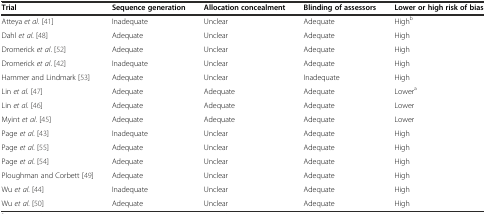
<table><thead><tr><td><b>Trial</b></td><td><b>Sequence generation</b></td><td><b>Allocation concealment</b></td><td><b>Blinding of assessors</b></td><td><b>Lower or high risk of bias</b></td></tr></thead><tbody><tr><td>Atteya <i>et al</i>. [41]</td><td>Inadequate</td><td>Unclear</td><td>Adequate</td><td>High<sup>b</sup></td></tr><tr><td>Dahl <i>et al</i>. [48]</td><td>Adequate</td><td>Unclear</td><td>Adequate</td><td>High</td></tr><tr><td>Dromerick <i>et al</i>. [52]</td><td>Adequate</td><td>Unclear</td><td>Adequate</td><td>High</td></tr><tr><td>Dromerick <i>et al</i>. [42]</td><td>Inadequate</td><td>Unclear</td><td>Adequate</td><td>High</td></tr><tr><td>Hammer and Lindmark [53]</td><td>Adequate</td><td>Unclear</td><td>Inadequate</td><td>High</td></tr><tr><td>Lin <i>et al</i>. [47]</td><td>Adequate</td><td>Adequate</td><td>Adequate</td><td>Lower<sup>a</sup></td></tr><tr><td>Lin <i>et al</i>. [46]</td><td>Adequate</td><td>Adequate</td><td>Adequate</td><td>Lower</td></tr><tr><td>Myint <i>et al</i>. [45]</td><td>Adequate</td><td>Adequate</td><td>Adequate</td><td>Lower</td></tr><tr><td>Page <i>et al</i>. [43]</td><td>Inadequate</td><td>Unclear</td><td>Adequate</td><td>High</td></tr><tr><td>Page <i>et al</i>. [55]</td><td>Adequate</td><td>Unclear</td><td>Adequate</td><td>High</td></tr><tr><td>Page <i>et al</i>. [54]</td><td>Adequate</td><td>Unclear</td><td>Adequate</td><td>High</td></tr><tr><td>Ploughman and Corbett [49]</td><td>Adequate</td><td>Unclear</td><td>Adequate</td><td>High</td></tr><tr><td>Wu <i>et al</i>. [44]</td><td>Inadequate</td><td>Unclear</td><td>Adequate</td><td>High</td></tr><tr><td>Wu <i>et al</i>. [50]</td><td>Adequate</td><td>Unclear</td><td>Adequate</td><td>High</td></tr></tbody></table>